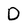
Character: D